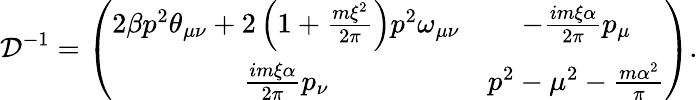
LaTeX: {\cal D}^{-1}=\left(\begin{array}{cc}{{2\beta p^{2}\theta_{\mu\nu}+2\left(1+\frac{m\xi^{2}}{2\pi}\right)p^{2}\omega_{\mu\nu}}}&{{-\frac{im\xi\alpha}{2\pi}p_{\mu}}}\\ {{\frac{im\xi\alpha}{2\pi}p_{\nu}}}&{{p^{2}-\mu^{2}-\frac{m\alpha^{2}}{\pi}}}\end{array}\right).